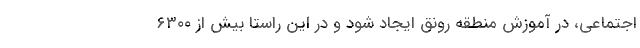
اجتماعی، در آموزش منطقه رونق ایجاد شود و در این راستا بیش از ۶۳۰۰